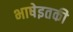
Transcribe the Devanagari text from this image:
भाषेइतकी